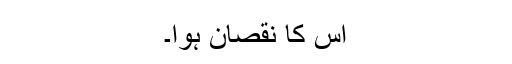
اس کا نقصان ہوا۔